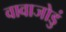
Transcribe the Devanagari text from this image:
वावाजोडुं